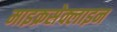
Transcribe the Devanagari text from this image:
माइक्रसेक्लाइन